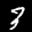
Label: 3